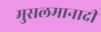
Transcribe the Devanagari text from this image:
मुसलमानादी